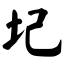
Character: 圮